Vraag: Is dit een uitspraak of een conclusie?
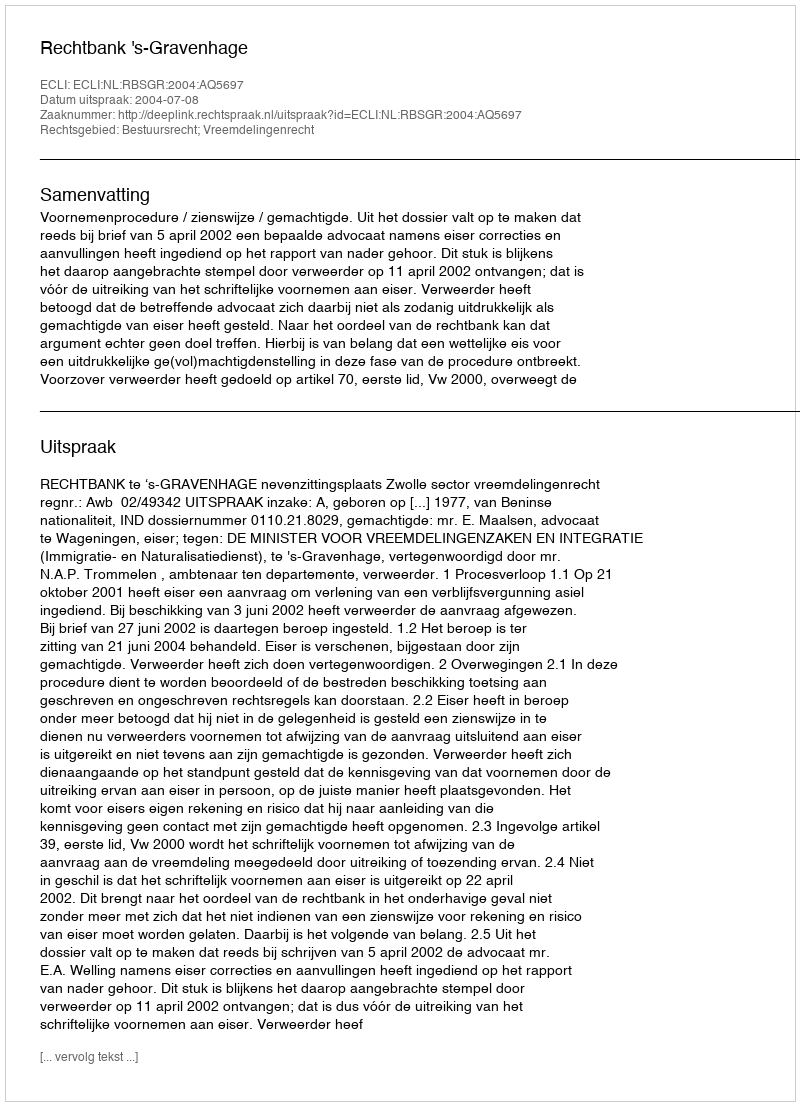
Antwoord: Uitspraak